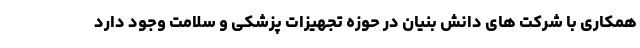
همکاری با شرکت های دانش بنیان در حوزه تجهیزات پزشکی و سلامت وجود دارد